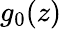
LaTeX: g_{0}(z)